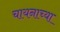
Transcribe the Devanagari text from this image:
चायनाच्या